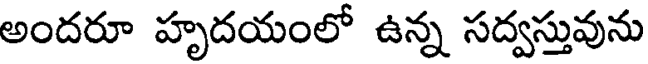
అందరూ హృదయంలో ఉన్న సద్వస్తువును